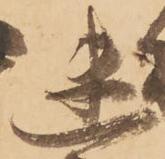
迷